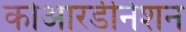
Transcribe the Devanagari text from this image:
कोआरडीनेशन